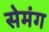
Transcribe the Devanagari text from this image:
सेमंग